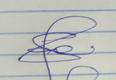
Signature authenticity: genuine